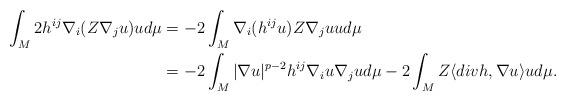
LaTeX: \begin{align*}\int_M 2 h^{ij} \nabla_i ( Z \nabla_j u ) u d\mu &= - 2 \int_M \nabla_i ( h^{ij} u) Z \nabla_j u u d\mu \\\displaystyle&=- 2 \int_M |\nabla u|^{p-2} h^{ij} \nabla_i u \nabla_j u d\mu - 2 \int_M Z \langle div h, \nabla u \rangle u d\mu.\end{align*}